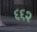
૬૬૨